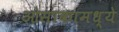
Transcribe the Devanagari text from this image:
ओसाकामध्ये